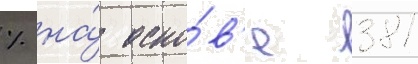
% на́ осно́в'е 381